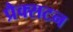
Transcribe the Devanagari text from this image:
प्रैक्सटन